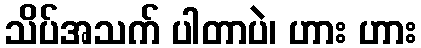
သိပ်အသက် ပါတာပဲ၊ ဟား ဟား